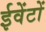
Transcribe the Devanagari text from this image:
ईवेंटों